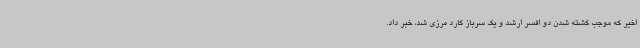
اخیر که موجب کشته شدن دو افسر ارشد و یک سرباز گارد مرزی شد، خبر داد.